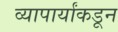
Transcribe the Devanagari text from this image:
व्यापार्यांकडून